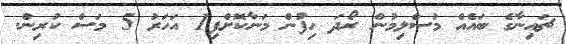
ޗައިނާގެ ބައެއް މުސްލިމުން ރޯދަ ހިފުން މަނާކޮށްފި1 އަހަރު 5 މަސް ކުރިން.